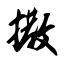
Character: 撒